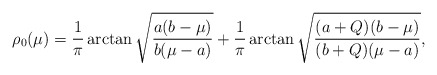
\begin{align*}\rho_0(\mu)=\frac{1}{\pi}\arctan\sqrt{\frac{a(b-\mu)}{b(\mu-a)}} +\frac{1}{\pi}\arctan\sqrt{\frac{(a+Q)(b-\mu)}{(b+Q)(\mu-a)}},\end{align*}